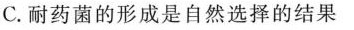
C.耐药菌的形成是自然选择的结果